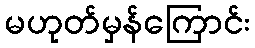
မဟုတ်မှန်ကြောင်း